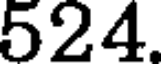
524.